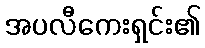
အပလီကေးရှင်း၏